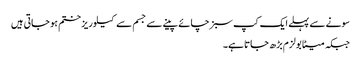
سونے سے پہلے ایک کپ سبز چائے پینے سے جسم سے کیلوریز ختم ہو جاتی ہیں
جبکہ میٹابولزم بڑھ جاتا ہے۔